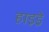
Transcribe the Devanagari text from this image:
हाइड्रे